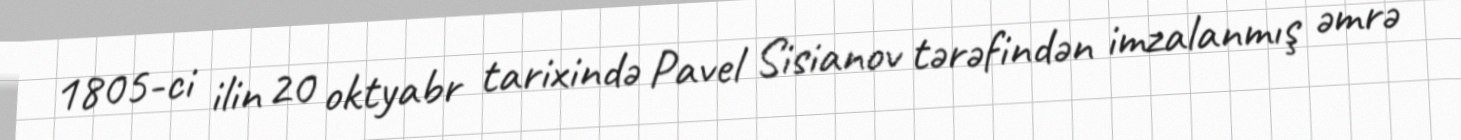
1805-ci ilin 20 oktyabr tarixində Pavel Sisianov tərəfindən imzalanmış əmrə